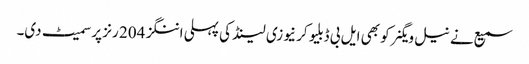
سمیع نے نیل ویگنر کو بھی ایل بی ڈبلیو کر نیوزی لینڈ کی پہلی اننگز 204 رنز پر سمیٹ دی۔